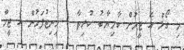
މި ގޯލް އެ ޓީމުން ކާމިޔާބު ކުރިތާ 3 މިނިޓުފަހުން އެ ޓީމް